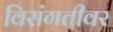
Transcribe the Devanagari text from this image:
विसंगतीवर